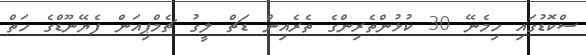
ސްކޮޑުގައި ހިމެނޭ 30 ކުޅުންތެރިންގެ ތެރެއިން ޑަޗް ލީގު ޗެމްޕިއަން ފެޔޭނޫޑްގެ ހަތް